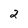
Character: 2